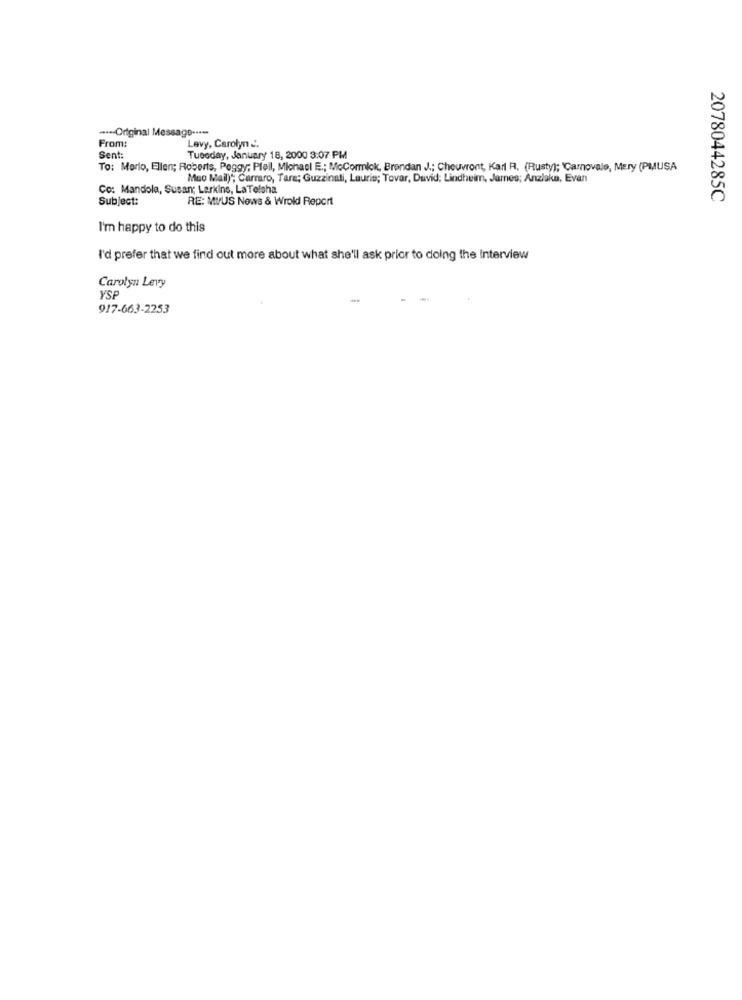
---- Original Message ···-
From:
Levy, Carolyn ..
Sent:
Tuesday, January 18, 2000 3:07 PM
To: Marlo, Ellen; Roberts, Peggy; Pfeil, Michael E .; MoCormlok, Brendan J .; Cheuvront, Karl R. (Rusty); Carnovale, Mery (PMUSA
Muo Mail)"; Carraro, Tare; Guzzinali, Laurie; Tovar, David; Lindheim, James; Anziaka, Evan
Co: Mandola, Susan; Larkins, LaTelsha
Subject:
RE: MIUS News & Wrold Report
2078044285C
I'm happy to do this
I'd prefer that we find out more about what she'll ask prior to doing the Interview
Carolyn Levy
YSP
917-663-2253